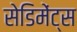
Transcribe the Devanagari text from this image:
सेडिमेंट्स